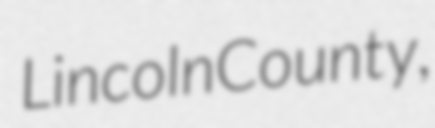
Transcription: Lincoln County,